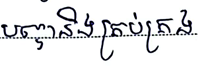
បញ្ហានិងគ្រប់គ្រង